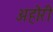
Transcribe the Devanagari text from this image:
अहोरी